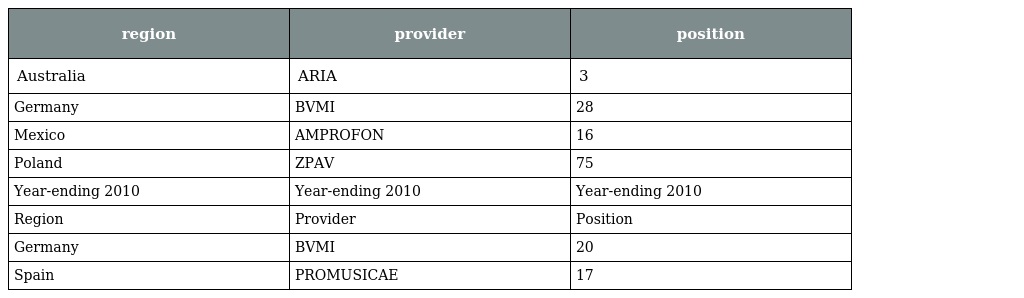
| region | provider | position |
 | --- | --- | --- |
 | Australia | ARIA | 3 |
 | Germany | BVMI | 28 |
 | Mexico | AMPROFON | 16 |
 | Poland | ZPAV | 75 |
 | Year-ending 2010 | Year-ending 2010 | Year-ending 2010 |
 | Region | Provider | Position |
 | Germany | BVMI | 20 |
 | Spain | PROMUSICAE | 17 |